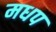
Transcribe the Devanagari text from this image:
मधप